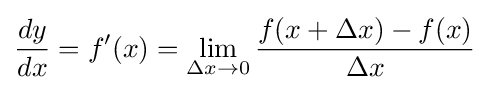
{\frac {dy}{dx}}=f'(x)=\lim _{\Delta x\to 0}{\frac {f(x+\Delta x)-f(x)}{\Delta x}}